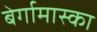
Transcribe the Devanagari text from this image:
बेर्गामास्का